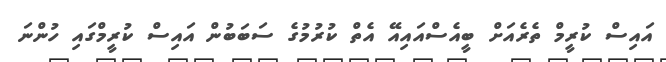
އައިސް ކުރީމް ތެރެއަށް ބީއެސްއައިއޭ އެތް ކުރުމުގެ ސަބަބުން އައިސް ކުރީމްގައި ހުންނަ